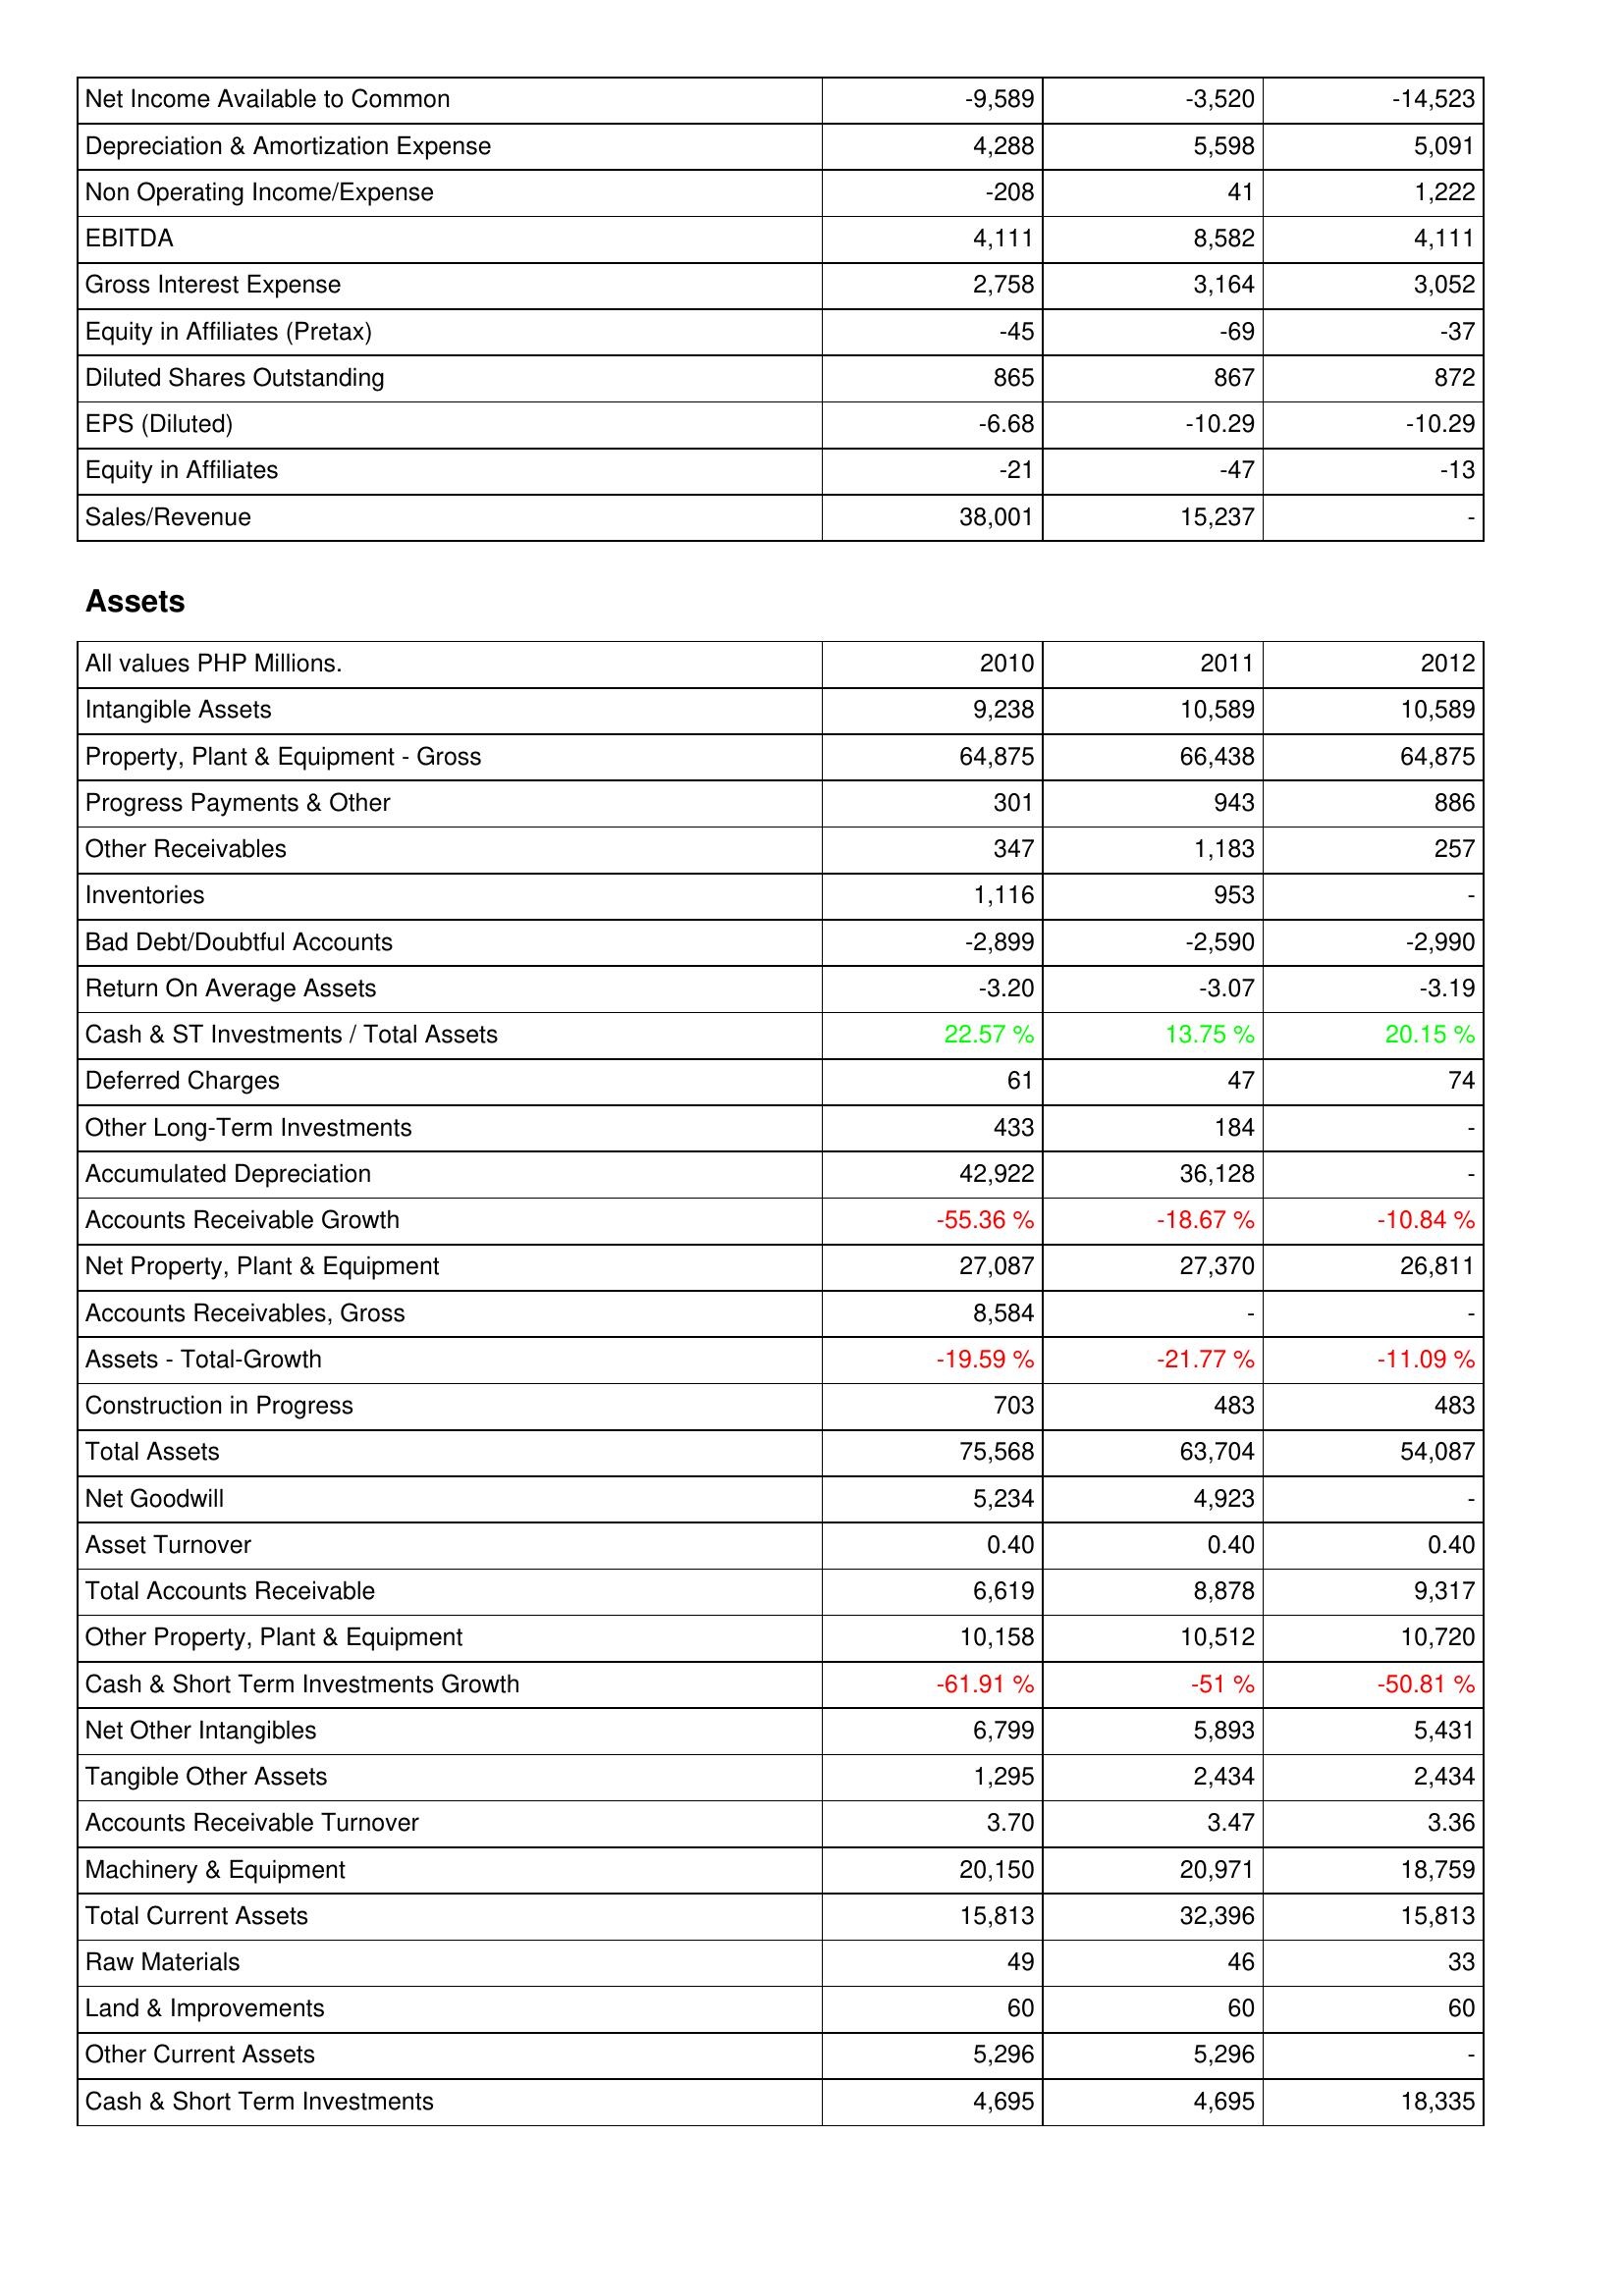
2010: Income Statement: Net Income Available to Common: -9,589
Depreciation & Amortization Expense: 4,288
Non Operating Income/Expense: -208
EBITDA: 4,111
Gross Interest Expense: 2,758
Equity in Affiliates (Pretax): -45
Diluted Shares Outstanding: 865
EPS (Diluted): -6.68
Equity in Affiliates: -21
Sales/Revenue: 38,001
Assets: Intangible Assets: 9,238
Property, Plant & Equipment - Gross: 64,875
Progress Payments & Other: 301
Other Receivables: 347
Inventories: 1,116
Bad Debt/Doubtful Accounts: -2,899
Return On Average Assets: -3.20
Cash & ST Investments / Total Assets: 22.57 %
Deferred Charges: 61
Other Long-Term Investments: 433
Accumulated Depreciation: 42,922
Accounts Receivable Growth: -55.36 %
Net Property, Plant & Equipment: 27,087
Accounts Receivables, Gross: 8,584
Assets - Total-Growth: -19.59 %
Construction in Progress: 703
Total Assets: 75,568
Net Goodwill: 5,234
Asset Turnover: 0.40
Total Accounts Receivable: 6,619
Other Property, Plant & Equipment: 10,158
Cash & Short Term Investments Growth: -61.91 %
Net Other Intangibles: 6,799
Tangible Other Assets: 1,295
Accounts Receivable Turnover: 3.70
Machinery & Equipment: 20,150
Total Current Assets: 15,813
Raw Materials: 49
Land & Improvements: 60
Other Current Assets: 5,296
Cash & Short Term Investments: 4,695
2011: Income Statement: Net Income Available to Common: -3,520
Depreciation & Amortization Expense: 5,598
Non Operating Income/Expense: 41
EBITDA: 8,582
Gross Interest Expense: 3,164
Equity in Affiliates (Pretax): -69
Diluted Shares Outstanding: 867
EPS (Diluted): -10.29
Equity in Affiliates: -47
Sales/Revenue: 15,237
Assets: Intangible Assets: 10,589
Property, Plant & Equipment - Gross: 66,438
Progress Payments & Other: 943
Other Receivables: 1,183
Inventories: 953
Bad Debt/Doubtful Accounts: -2,590
Return On Average Assets: -3.07
Cash & ST Investments / Total Assets: 13.75 %
Deferred Charges: 47
Other Long-Term Investments: 184
Accumulated Depreciation: 36,128
Accounts Receivable Growth: -18.67 %
Net Property, Plant & Equipment: 27,370
Accounts Receivables, Gross: -
Assets - Total-Growth: -21.77 %
Construction in Progress: 483
Total Assets: 63,704
Net Goodwill: 4,923
Asset Turnover: 0.40
Total Accounts Receivable: 8,878
Other Property, Plant & Equipment: 10,512
Cash & Short Term Investments Growth: -51 %
Net Other Intangibles: 5,893
Tangible Other Assets: 2,434
Accounts Receivable Turnover: 3.47
Machinery & Equipment: 20,971
Total Current Assets: 32,396
Raw Materials: 46
Land & Improvements: 60
Other Current Assets: 5,296
Cash & Short Term Investments: 4,695
2012: Income Statement: Net Income Available to Common: -14,523
Depreciation & Amortization Expense: 5,091
Non Operating Income/Expense: 1,222
EBITDA: 4,111
Gross Interest Expense: 3,052
Equity in Affiliates (Pretax): -37
Diluted Shares Outstanding: 872
EPS (Diluted): -10.29
Equity in Affiliates: -13
Sales/Revenue: -
Assets: Intangible Assets: 10,589
Property, Plant & Equipment - Gross: 64,875
Progress Payments & Other: 886
Other Receivables: 257
Inventories: -
Bad Debt/Doubtful Accounts: -2,990
Return On Average Assets: -3.19
Cash & ST Investments / Total Assets: 20.15 %
Deferred Charges: 74
Other Long-Term Investments: -
Accumulated Depreciation: -
Accounts Receivable Growth: -10.84 %
Net Property, Plant & Equipment: 26,811
Accounts Receivables, Gross: -
Assets - Total-Growth: -11.09 %
Construction in Progress: 483
Total Assets: 54,087
Net Goodwill: -
Asset Turnover: 0.40
Total Accounts Receivable: 9,317
Other Property, Plant & Equipment: 10,720
Cash & Short Term Investments Growth: -50.81 %
Net Other Intangibles: 5,431
Tangible Other Assets: 2,434
Accounts Receivable Turnover: 3.36
Machinery & Equipment: 18,759
Total Current Assets: 15,813
Raw Materials: 33
Land & Improvements: 60
Other Current Assets: -
Cash & Short Term Investments: 18,335